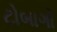
ટોબાગો